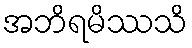
အဘိရမိဿသိ